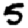
Digit: 5